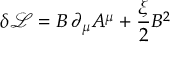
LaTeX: \delta { \mathcal { L } } = B \, \partial _ { \mu } A ^ { \mu } + { \frac { \xi } { 2 } } B ^ { 2 }